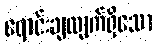
ရောင်းချလျက်ရှိသော